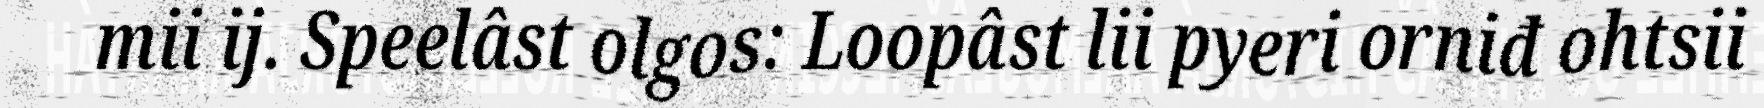
mii ij. Speelâst olgos: Loopâst lii pyeri orniđ ohtsii